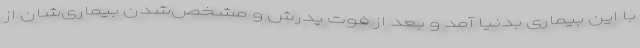
با این بیماری بدنیا آمد و بعد از فوت پدرش و مشخص‌شدن بیماری‌شان از